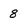
Character: 8